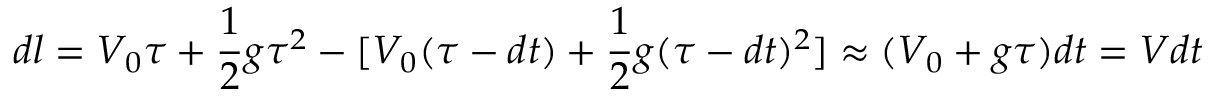
d l = V _ { 0 } \tau + \frac { 1 } { 2 } g \tau ^ { 2 } - [ V _ { 0 } ( \tau - d t ) + \frac { 1 } { 2 } g ( \tau - d t ) ^ { 2 } ] \approx ( V _ { 0 } + g \tau ) d t = V d t